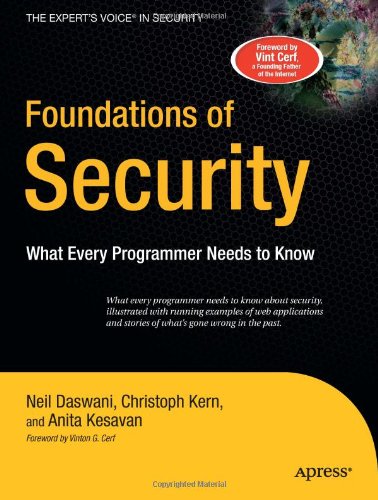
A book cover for Foundations of Security: What Every Programmer Needs to Know (Expert's Voice); Christoph Kern; Computers & Technology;